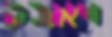
ויאבק